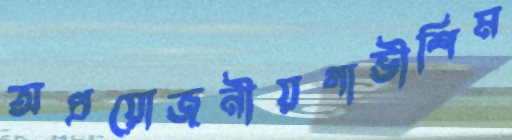
অপ্রয়োজনীয়গাভীশিম